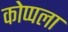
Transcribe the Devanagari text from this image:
कोप्पला